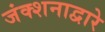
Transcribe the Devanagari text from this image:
जंक्शनाद्वारे